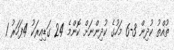
ތުއްތު ކުދިން 3-6 މަހުގެ ކުދިންނަށް ކޮންމެ 24 ގަޑިއިރަކު 4ފަހަރު 1